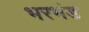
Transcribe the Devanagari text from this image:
भरभंड